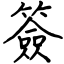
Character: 簽